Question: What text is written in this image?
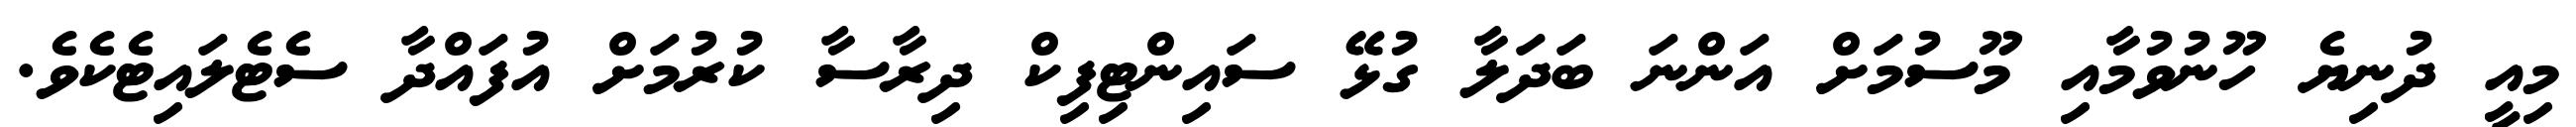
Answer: މިއީ ދުނިޔެ ހޫނުވުމާއި މޫސުމަށް އަންނަ ބަދަލާ ގުޅޭ ސައިންޓިފިކް ދިރާސާ ކުރުމަށް އުފައްދާ ސެޓެލައިޓެކެވެ.